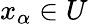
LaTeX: x_{\alpha}\in U